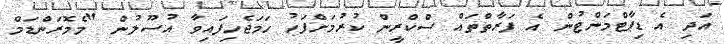
އަދި އެ ޑިޕާޓްމަންޓުން އެ ފަރާތްތައް ސްކްރީން ކުރުމަށްފަހު ހަމަޖެހިފައިވާ އުސޫލުން "މެމޮރަންޑަމް